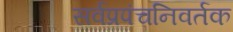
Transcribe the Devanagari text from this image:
सर्वप्रपंचनिवर्तक